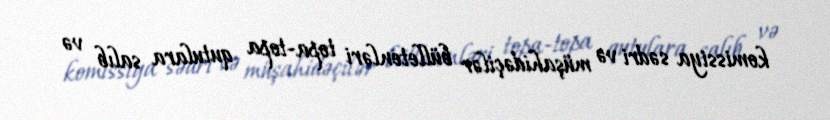
komissiya sədri və müşahidəçilər bülletenləri topa-topa qutulara salıb və